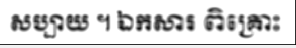
សប្បាយ ។ ឯកសារ ពិគ្រោះ